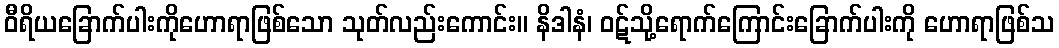
ဝီရိယခြောက်ပါးကိုဟောရာဖြစ်သော သုတ်လည်းကောင်း။ နိဒါနံ၊ ဝဋ်သို့ရောက်ကြောင်းခြောက်ပါးကို ဟောရာဖြစ်သ